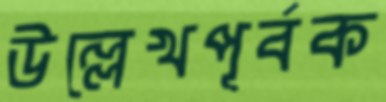
উল্লেখপূর্বক